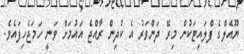
ޔޫއެލްގެ ފްލައިޓަކުން މިރޭ ދަންވަރު އެ ކުދިން ރާއްޖެ އައުމަށް ވަނީ ހަމަޖެހިފައެވެ.